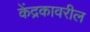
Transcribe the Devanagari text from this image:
केंद्रकावरील